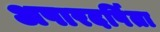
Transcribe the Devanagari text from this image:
अपारदर्षिता